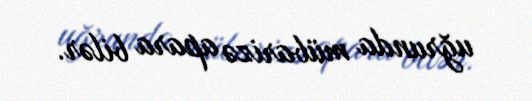
uğrunda mübarizə apara bilər.